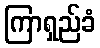
ကြာရှည်ခံ